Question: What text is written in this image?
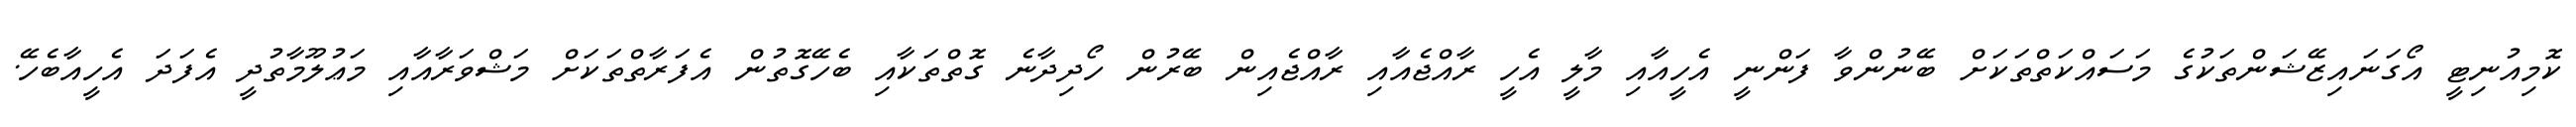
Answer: ކޮމިއުނިޓީ އޯގަނައިޒޭޝަންތަކުގެ މަސައްކަތްތަކަށް ބޭނުންވާ ފަންނީ އެހީއާއި މާލީ އެހީ ރާއްޖެއާއި ރާއްޖެއިން ބޭރުން ހޯދިދާނެ ގޮތްތަކާއި ބެހޭގޮތުން އެފަރާތްތަކަށް މަޝްވަރާއާއި މަޢުލޫމާތުދީ އެފަދަ އެހީއާބެހޭ.